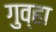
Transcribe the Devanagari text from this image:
गुव्हा